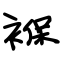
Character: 褓